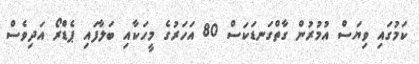
ކަމުގައި ވިޔަސް އުމުރުން ގާތްގަނޑަކަސް 80 އަހަރުގެ މީހަކާއި ބަލާފައި ޕެޑްރޯ އަދިވެސް